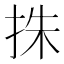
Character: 㧣